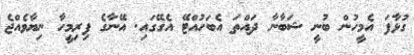
ގުޅާފަ އެމީހުން ބުނީ ޝަބާނާ ދައްތަ އެބަހުއްޓޭ އެގޭގައި. އޭނާގެ ފިރިމީހާ ނިޔާވެއްޖެ